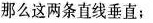
那么这两条直线垂直；